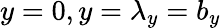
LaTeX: y=0,y=\lambda_{y}=b_{y}